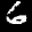
Label: 6